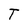
Character: T